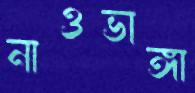
নাওভাঙ্গা